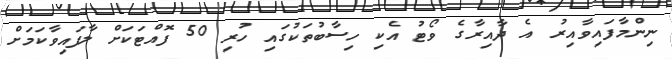
ނިންމާފައިވާއިރު އެ ދާއިރާގެ ވޯޓު އެކި ހިސާބުތަކުގައި ހުރި 50 ފޮއްޓަކަށް ލާފައިވާކަމަށް